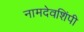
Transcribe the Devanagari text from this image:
नामदेवशिंपी